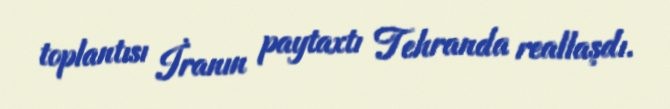
toplantısı İranın paytaxtı Tehranda reallaşdı.